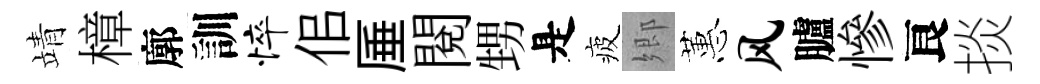
靖樟廓訓悴佀厜閲甥是疲郷蕙风臚慘良掞